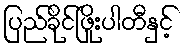
ပြည်ခိုင်ဖြိုးပါတီနှင့်